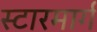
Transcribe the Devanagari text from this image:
स्टारमार्ग